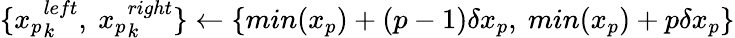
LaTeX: \{ {x_{p}}_{k}^{left},\ {x_{p}}_{k}^{right}\} \gets\{ min(x_{p})+(p-1)\delta x_{p},\ min(x_{p})+p\delta x_{p}\}